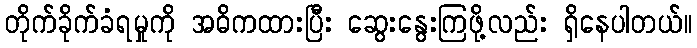
တိုက်ခိုက်ခံရမှုကို အဓိကထားပြီး ဆွေးနွေးကြဖို့လည်း ရှိနေပါတယ်။